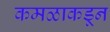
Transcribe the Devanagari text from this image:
कमळाकडून